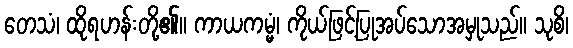
တေသံ၊ ထိုရဟန်းတို့၏။ ကာယကမ္မံ၊ ကိုယ်ဖြင့်ပြုအပ်သောအမှုသည်။ သုစိ၊